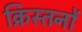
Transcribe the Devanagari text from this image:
क्रिस्तनों